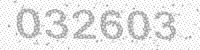
Solution: 032603